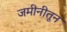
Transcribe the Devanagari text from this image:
जमीनीतून